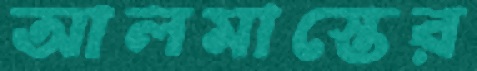
আলমাস্তের